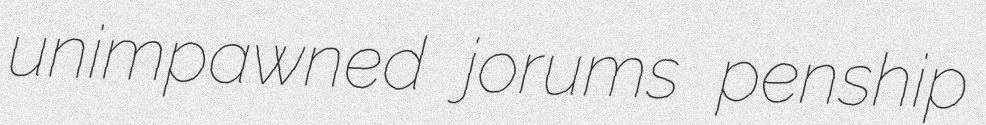
unimpawned jorums penship